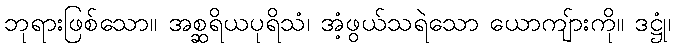
ဘုရားဖြစ်သော။ အစ္ဆရိယပုရိသံ၊ အံ့ဖွယ်သရဲသော ယောကျ်ားကို။ ဒဋ္ဌုံ၊